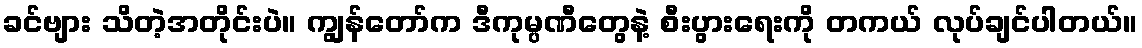
ခင်ဗျား သိတဲ့အတိုင်းပဲ။ ကျွန်တော်က ဒီကုမ္ပဏီတွေနဲ့ စီးပွားရေးကို တကယ် လုပ်ချင်ပါတယ်။